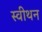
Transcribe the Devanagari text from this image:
स्वीथन